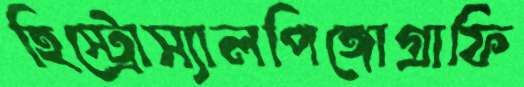
হিস্ট্রোস্যালপিঙ্গোগ্রাফি